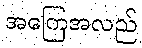
အကြေအလည်